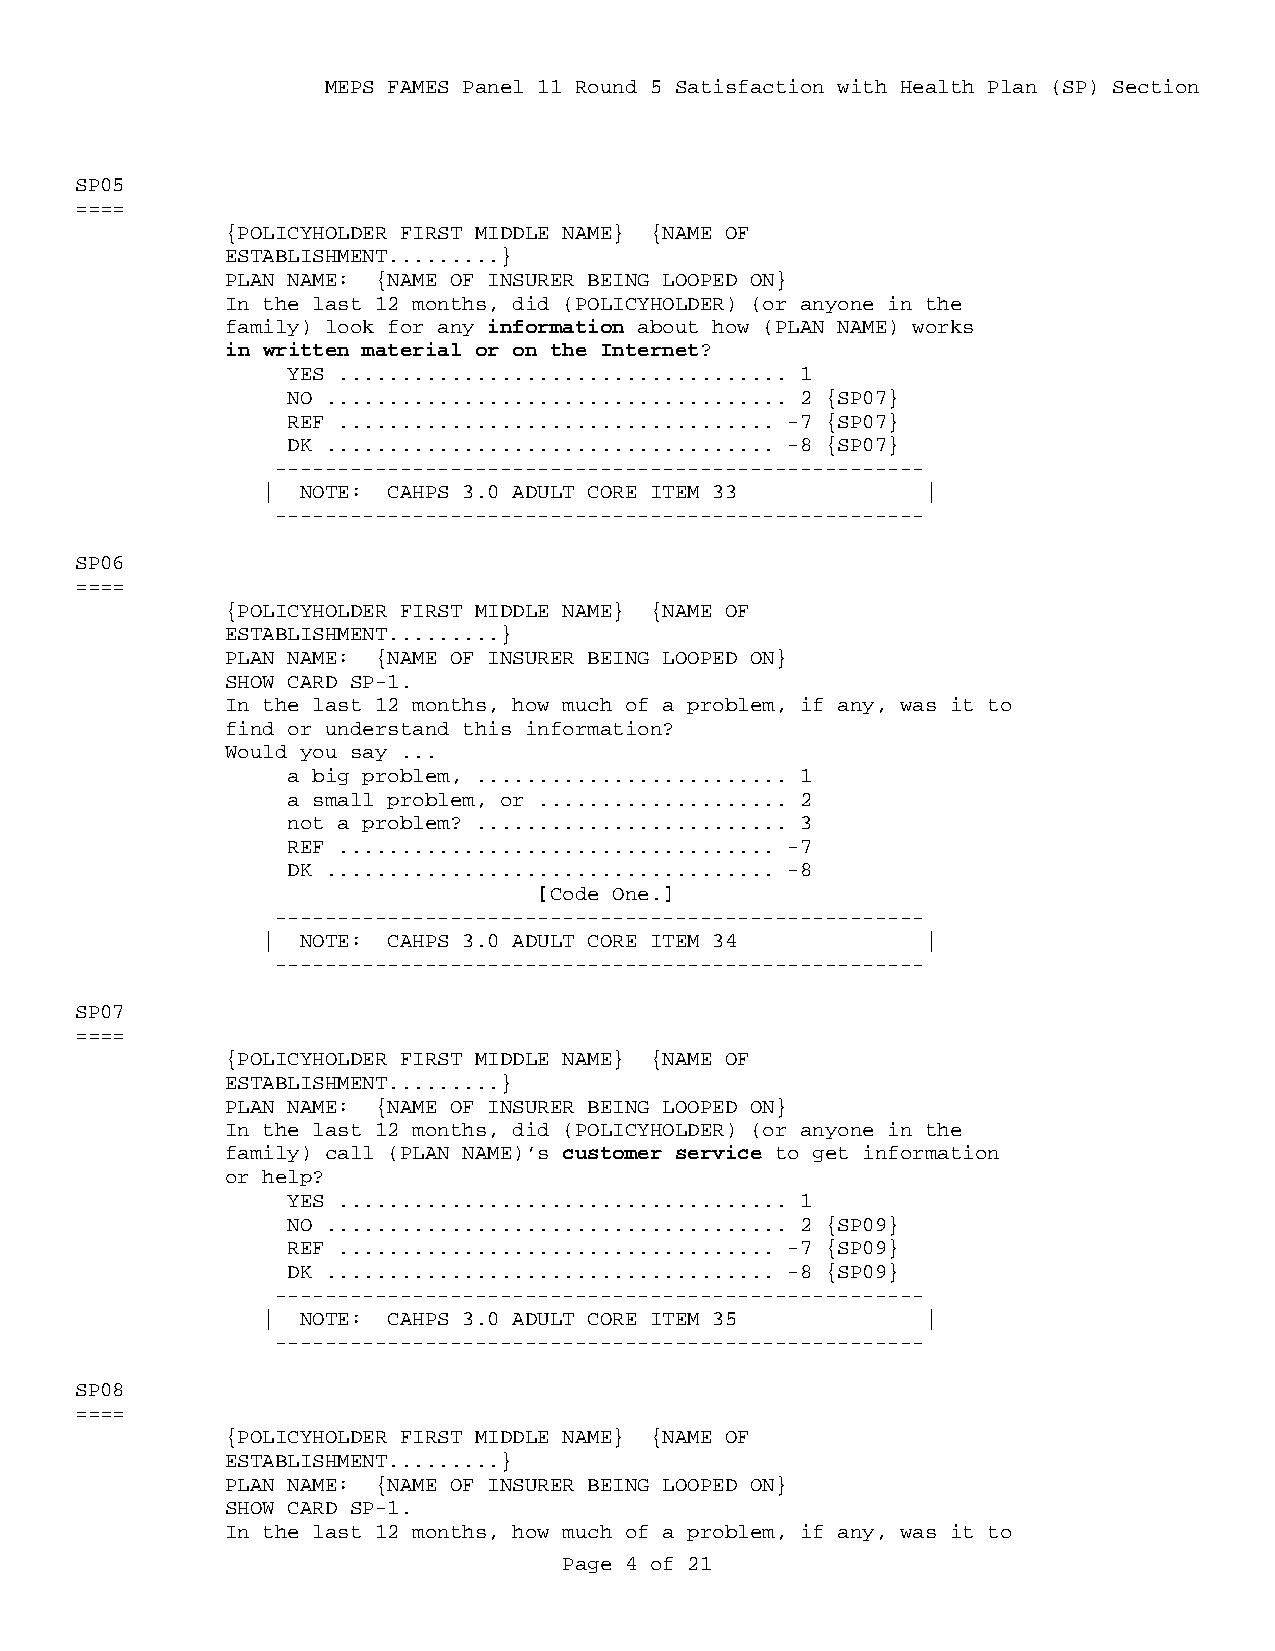
MEPS FAMES Panel 11 Round 5 Satisfaction with Health Plan (SP) Section
 SP05
 ====
 {POLICYHOLDER FIRST MIDDLE NAME} {NAME OF
 ESTABLISHMENT.........}
 PLAN NAME: {NAME OF INSURER BEING LOOPED ON}
 In the last 12 months, did (POLICYHOLDER) (or anyone in the
 family) look for any information about how (PLAN NAME) works
 in written material or on the Internet?
 YES .................................... 1
 NO ..................................... 2 {SP07}
 REF ................................... -7 {SP07}
 DK .................................... -8 {SP07}
 ----------------------------------------------------
 |  NOTE: CAHPS 3.0 ADULT CORE ITEM 33       |
 ----------------------------------------------------
 SP06
 ====
 {POLICYHOLDER FIRST MIDDLE NAME} {NAME OF
 ESTABLISHMENT.........}
 PLAN NAME: {NAME OF INSURER BEING LOOPED ON}
 SHOW CARD SP-1.
 In the last 12 months, how much of a problem, if any, was it to
 find or understand this information?
 Would you say ...
 a big problem, ......................... 1
 a small problem, or .................... 2
 not a problem? ......................... 3
 REF ................................... -7
 DK .................................... -8
 [Code One.]
 ----------------------------------------------------
 |  NOTE: CAHPS 3.0 ADULT CORE ITEM 34       |
 ----------------------------------------------------
 SP07
 ====
 {POLICYHOLDER FIRST MIDDLE NAME} {NAME OF
 ESTABLISHMENT.........}
 PLAN NAME: {NAME OF INSURER BEING LOOPED ON}
 In the last 12 months, did (POLICYHOLDER) (or anyone in the
 family) call (PLAN NAME)’s customer service to get information
 or help?
 YES .................................... 1
 NO ..................................... 2 {SP09}
 REF ................................... -7 {SP09}
 DK .................................... -8 {SP09}
 ----------------------------------------------------
 |  NOTE: CAHPS 3.0 ADULT CORE ITEM 35       |
 ----------------------------------------------------
 SP08
 ====
 {POLICYHOLDER FIRST MIDDLE NAME} {NAME OF
 ESTABLISHMENT.........}
 PLAN NAME: {NAME OF INSURER BEING LOOPED ON}
 SHOW CARD SP-1.
 In the last 12 months, how much of a problem, if any, was it to
 Page 4 of 21